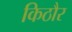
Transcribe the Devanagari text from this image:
किठौर